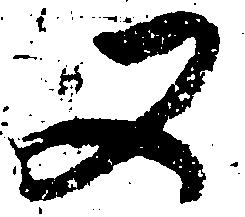
又